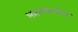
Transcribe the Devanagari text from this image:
भालाफेकीत